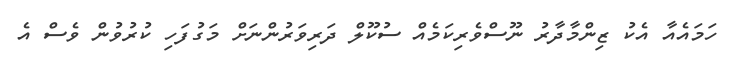
ހަމައެއާ އެކު ޒިންމާދާރު ނޫސްވެރިކަމެއް ސުކޫލް ދަރިވަރުންނަށް މަގުފަހި ކުރުވުން ވެސް އެ